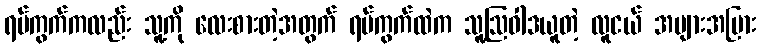
ရပ်ကွက်ကလည်း သူ့ကို လေးစားတဲ့အတွက် ရပ်ကွက်ထဲက သူ့ဩဝါဒယူတဲ့ လူငယ် အများအပြား